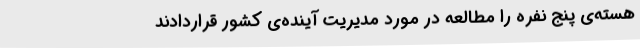
هسته‌ی‌ پنج‌ نفره‌ را مطالعه‌ در مورد مدیریت‌ آینده‌ی‌ کشور قراردادند